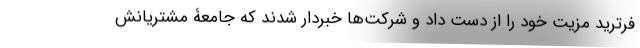
فرترید مزیت خود را از دست داد و شرکت‌ها خبردار شدند که جامعۀ مشتریانش